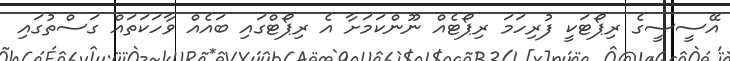
އޭސީސީގެ ރިޕޯޓަކީ ފުރިހަމަ ރިޕޯޓެއް ނޫންކަމަށާ އެ ރިޕޯޓްގައި ބައެއް ވާހަކަތައް ގަސްތުގައި